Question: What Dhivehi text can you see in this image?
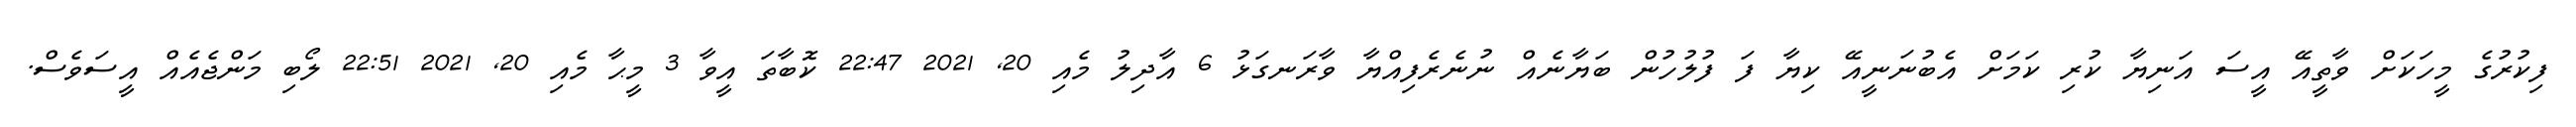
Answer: ފިކުރުގެ މީހަކަށް ވާތީއޭ އީސަ އަނިޔާ ކުރި ކަމަށް އެބުނަނީއޭ ކިޔާ ފަ ފުލުހުން ބަޔާނެއް ނުނެރެފިއްޔާ ވާރަނގަޅު 6 އާދިލު މެއި 20, 2021 22:47 ކޮބާތަ އީވާ 3 މީޙާ މެއި 20, 2021 22:51 ލޯބި މަންޖެއެއް އީސަވެސް.